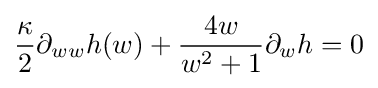
{\frac {\kappa }{2}}\partial _{ww}h(w)+{\frac {4w}{w^{2}+1}}\partial _{w}h=0